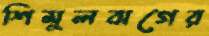
শিমুলবাগের